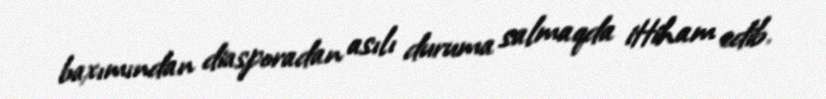
baxımından diasporadan asılı duruma salmaqda ittiham edib.